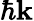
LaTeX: \hbar\mathbf{k}